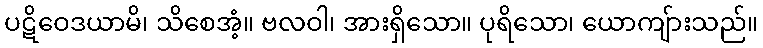
ပဋိဝေဒယာမိ၊ သိစေအံ့။ ဗလဝါ၊ အားရှိသော။ ပုရိသော၊ ယောကျ်ားသည်။